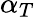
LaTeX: \alpha_{T}